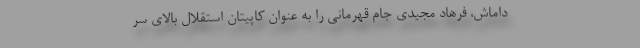
داماش، فرهاد مجیدی جام قهرمانی را به عنوان کاپیتان استقلال بالای سر